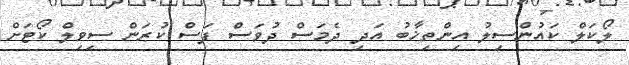
ލޯކަލް ކައުންސިލު އިންތިޚާބު އަދި ދެމަސް ދުވަސް ފަސް ކުރަން ސިވިލް ކޯޓަށް